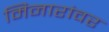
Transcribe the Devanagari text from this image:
मिनारांवर